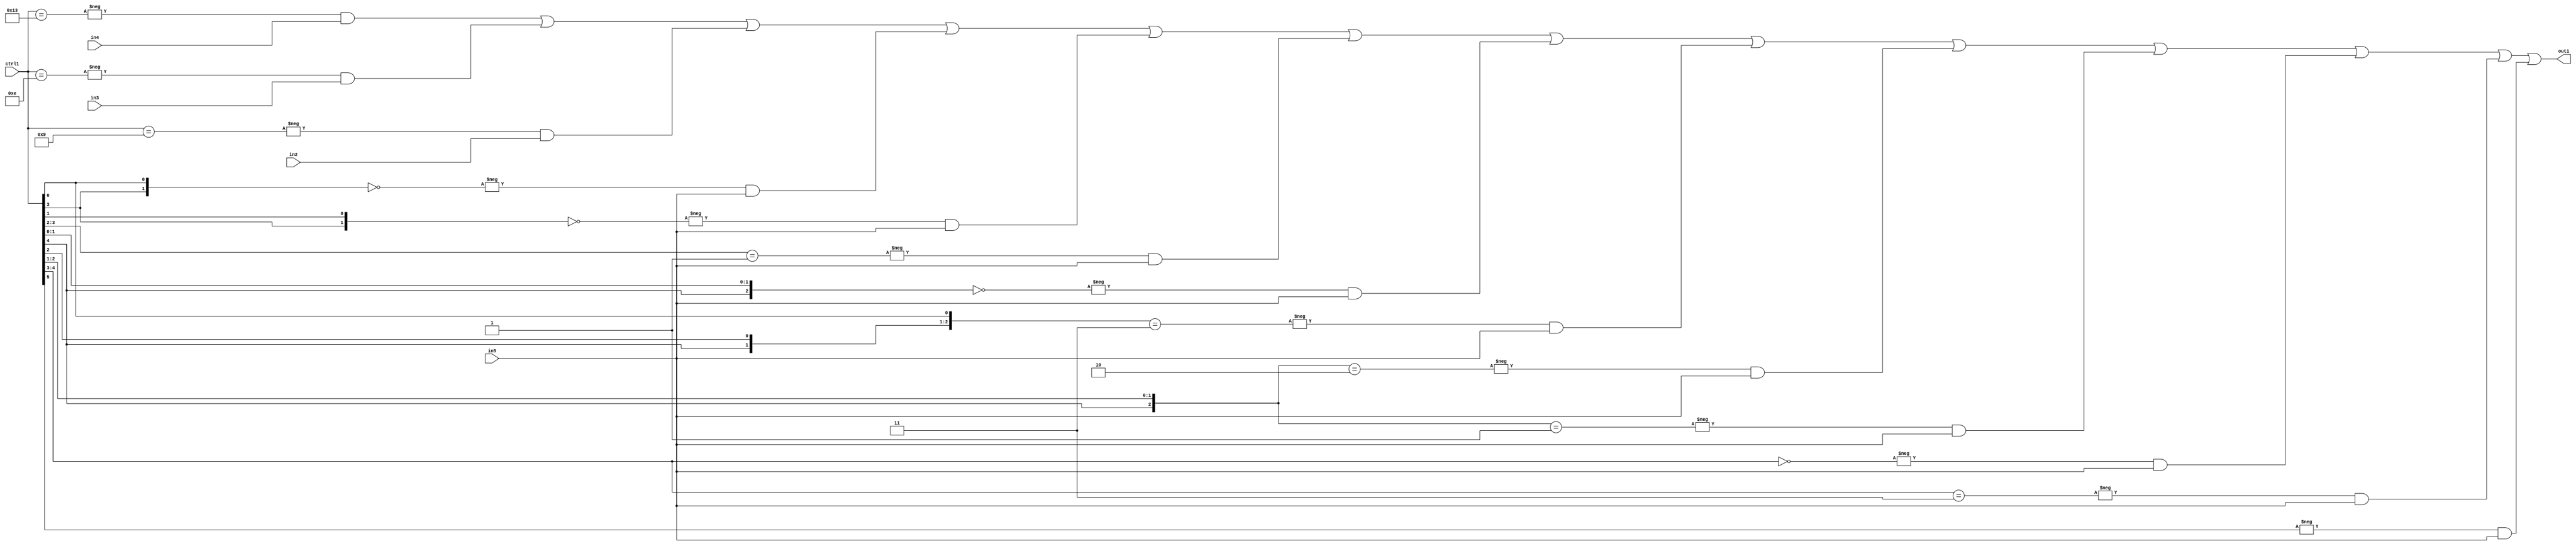
`timescale 1ps / 1ps
/*****************************************************************************
    Verilog RTL Description
    
    
    Created by: Stratus DpOpt 21.05.01 
*******************************************************************************/

module SobelFilter_N_Mux_32_4_29_1 (
	in5,
	in4,
	in3,
	in2,
	ctrl1,
	out1
	); /* architecture "behavioural" */ 
input [31:0] in5;
input [8:0] in4,
	in3,
	in2;
input [5:0] ctrl1;
output [31:0] out1;
wire [31:0] asc001;

assign asc001 = 
	-{ctrl1 == 6'B010011} & in4 |
	-{ctrl1 == 6'B001110} & in3 |
	-{ctrl1 == 6'B001001} & in2 |
	-{{ctrl1[3], ctrl1[0]} == 2'B00} & in5 |
	-{{ctrl1[3], ctrl1[1]} == 2'B00} & in5 |
	-{ctrl1[3:2] == 2'B01} & in5 |
	-{{ctrl1[4], ctrl1[1:0]} == 3'B000} & in5 |
	-{{ctrl1[4], ctrl1[2], ctrl1[0]} == 3'B011} & in5 |
	-{{ctrl1[4], ctrl1[2:1]} == 3'B010} & in5 |
	-{{ctrl1[4], ctrl1[2:1]} == 3'B001} & in5 |
	-{ctrl1[4:3] == 2'B00} & in5 |
	-{ctrl1[4:3] == 2'B11} & in5 |
	-{ctrl1[5] == 1'B1} & in5 ;

assign out1 = asc001;
endmodule

/* CADENCE  vLT2SAk= : u9/ySxbfrwZIxEzHVQQV8Q== ** DO NOT EDIT THIS LINE ******/